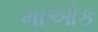
માઓક